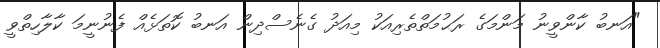
"އަނބު ކާންވީނު މަންމަގެ ރަޙުމަތްތެރިއަކު މިއަދު ގެނެސްދިން އަނބު ކޮތަޅެއް ފެނުނީމަ ކާލާހިތްވީ